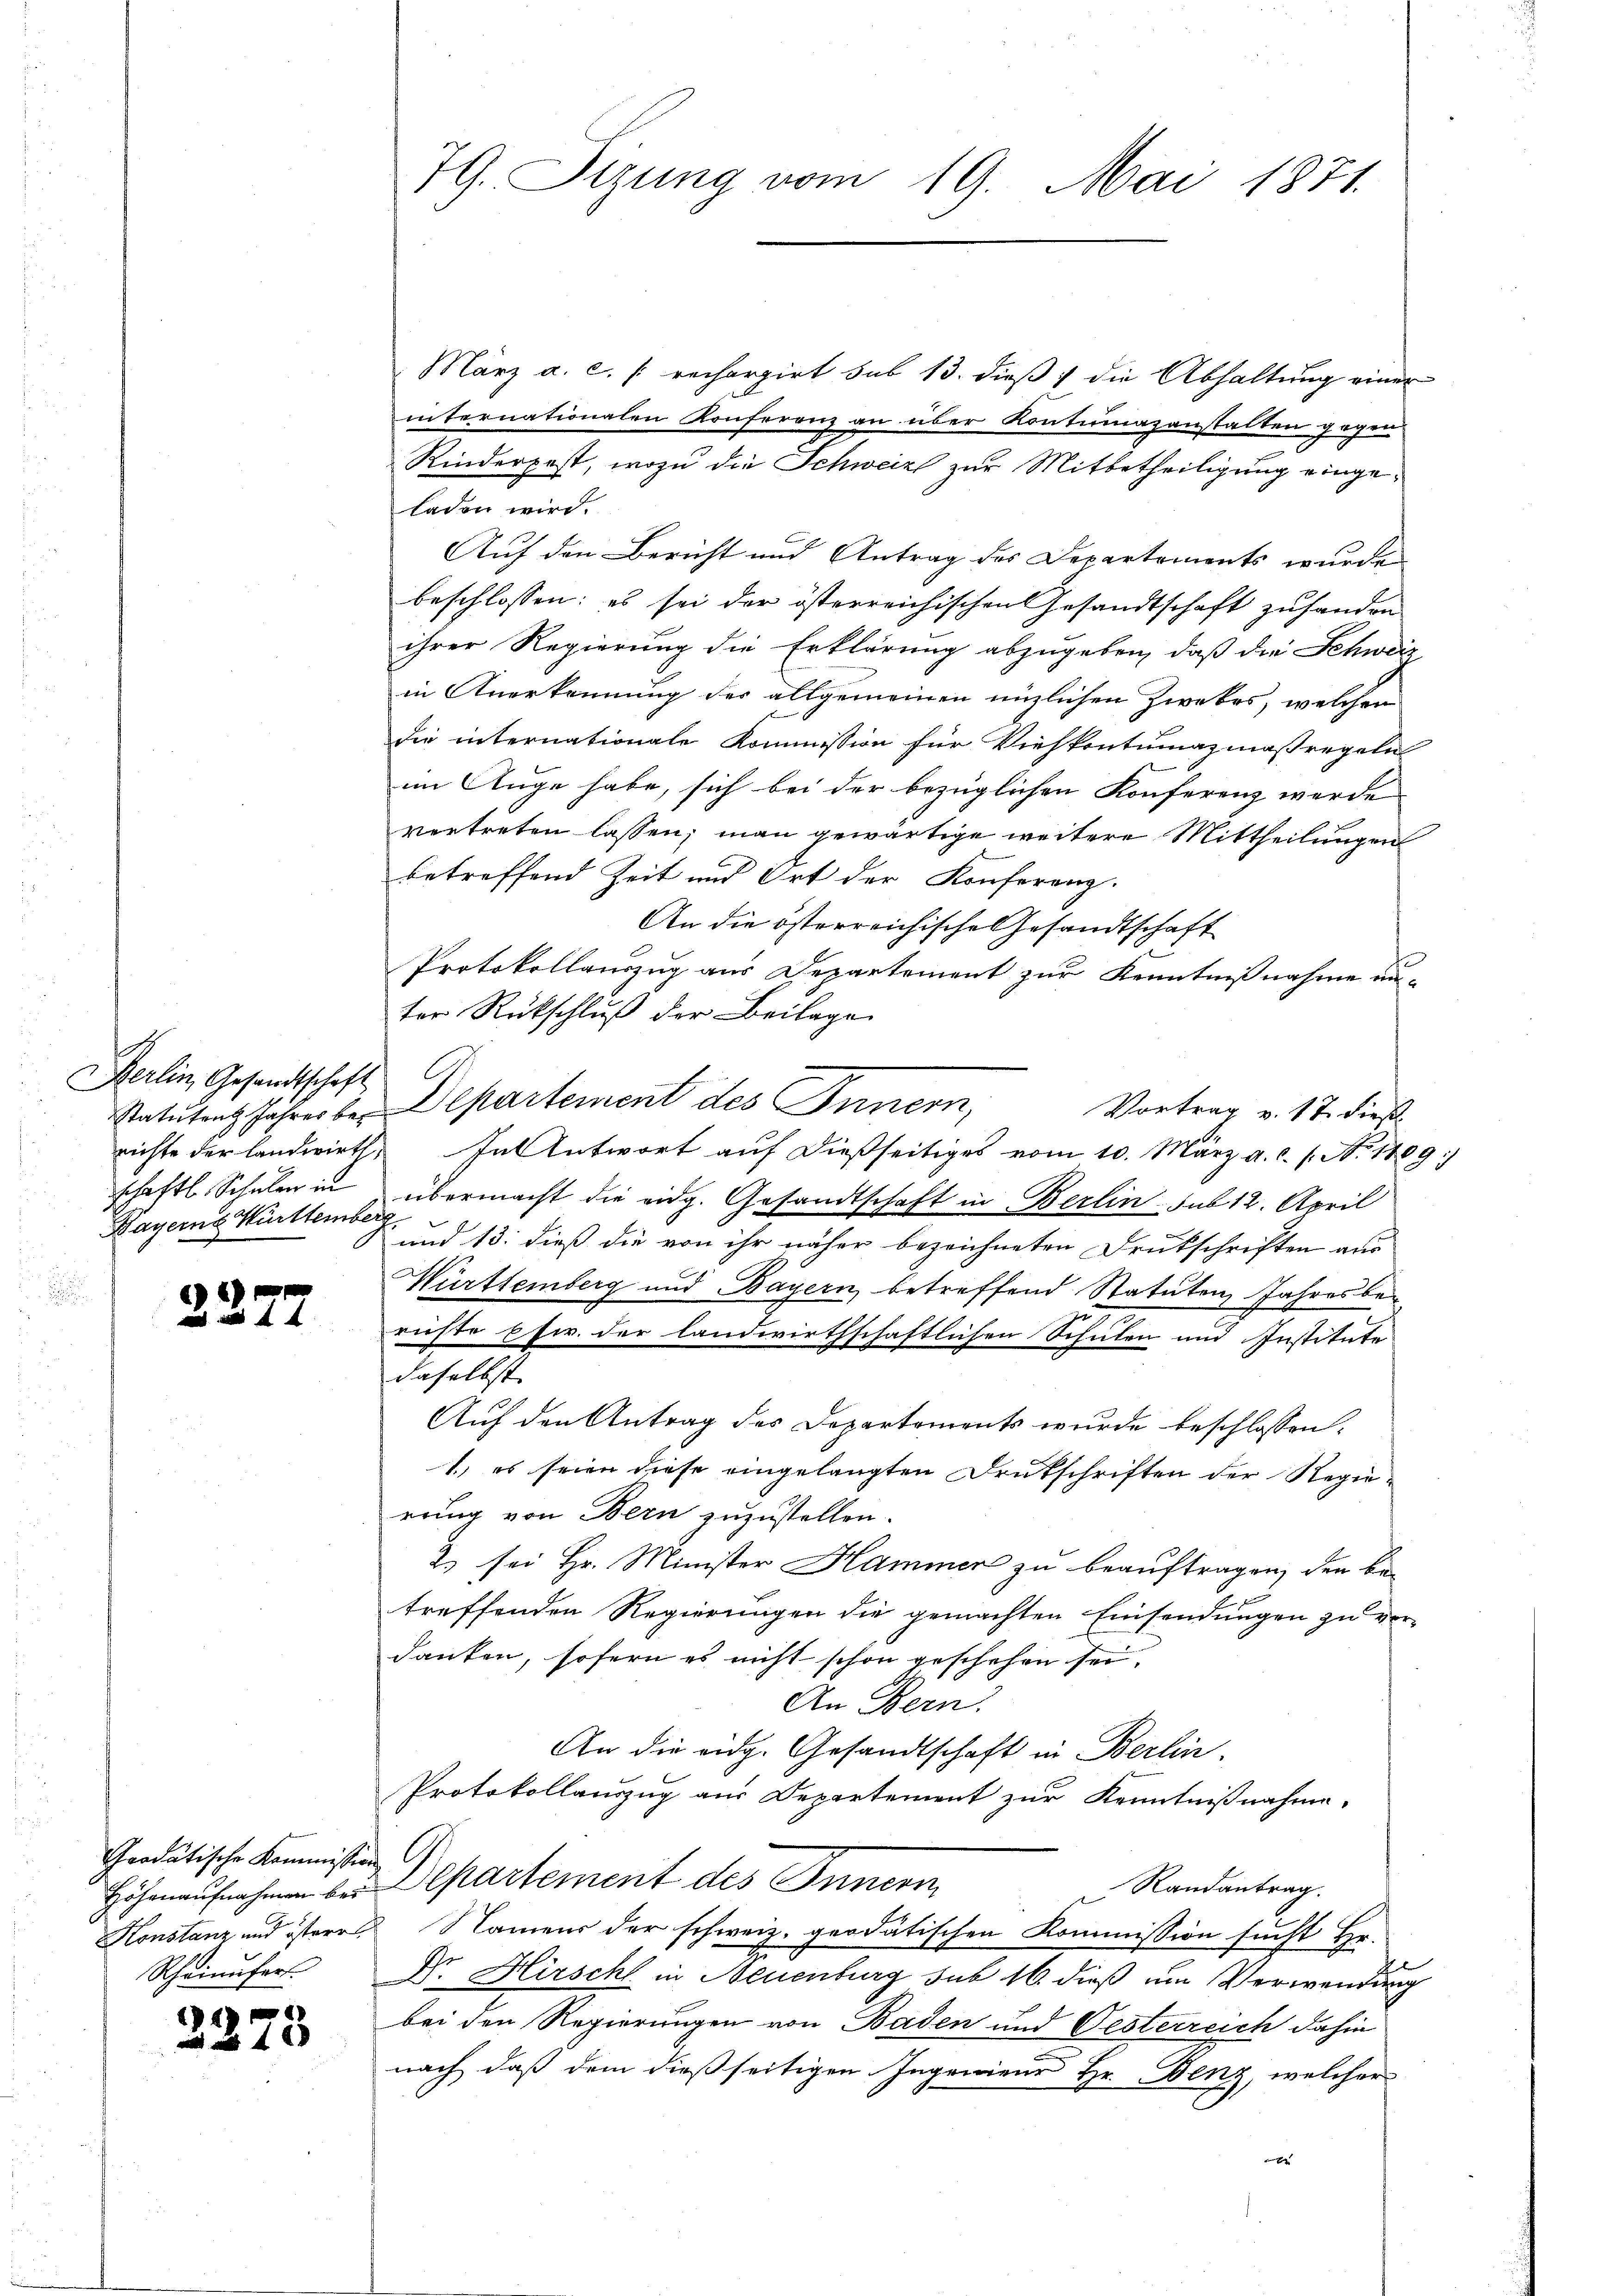
Berlin, Gesandtschaft
schaftl. Schuler in
Bayerne Württemberg

2277

Grodätische Kommission

2)

5

März a. c. /: rechargirt sub 13. dieß die Abhaltung einer
internationalen Konferenz an über Kontumazanstalten gegen
Rinderpost, wozu die Schweiz zur Mitbetheiligung eingeladen wird.
Auf den Bericht und Antrag des Departements wurde
beschlossen: es sei der österreichischen Gesandtschaft zu handen
ihrer Regierung die Erklärung abzugeben, daß die Schweiz
in Anerkennung der allgemeinen nüzlichen Zwekes, welchen
die internationale Kommission für Viehkontumazmaßregeln
im Auge habe, sich bei der bezüglichen Konferenz werde
vertreten lassen; man gewärtige weitere Mittheilungen
betreffend Zeit und Ort der Konferenz.
An die österreichische Gesandtschaft
Protokollauszug aus Departement zur Kenntnißnahme un-
ter Rückschluß der Beilage
Statuten Jahres bei Departement des Innern,
Vortrag v. 17. dieß
richte der Landwirth. In Antwort auf dießseitiges vom 10. März a.c. s. No. 1809
übermacht die eidg. Gesandtschaft in Berlin sub 12. April
und 13. dieß die von ihr näher bezeichneten Drukschriften aus
Württemberg und Bayern, betreffend Statuten Jahresberichte pfw. der landwirthschaftlichen Schulen und Institute
daselbst.
Auf den Antrag des Departements wurde beschlossen:
1.) es seien diese eingelangten Drukschriften der Regierung von Bern zuzustellen.
2) sei Hr. Minister Hammer zu beauftragen, den be-
treffenden Regierungen die gemachten Einsendungen zu vor-
danken, sofern es nicht schon geschehen sei.
An Bern.
An die eidg. Gesandtschaft in Berlin.
Protokollauszug aus Departement zur Kenntnißnahme.
Höhenaŭfnahmen bei Departement des Innern
Randantrag.
Konstanz und österer Namens der schweiz. geodatischen Kommission sucht Hr.
Rheinufer Dr. Hirschl in Neuenburg sub 16. dieß um Verwendung
bei den Regierungen von Baden und Oesterreich dahin
nach, daß dem dießseitigen Ingenieur Hr. Benz, welcher

79. Sizung vom 19. Mai 1871.